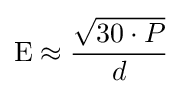
{\mbox{E}}\approx {\frac {\sqrt {30\cdot P}}{d}}